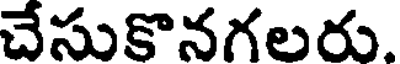
చేసుకొనగలరు.